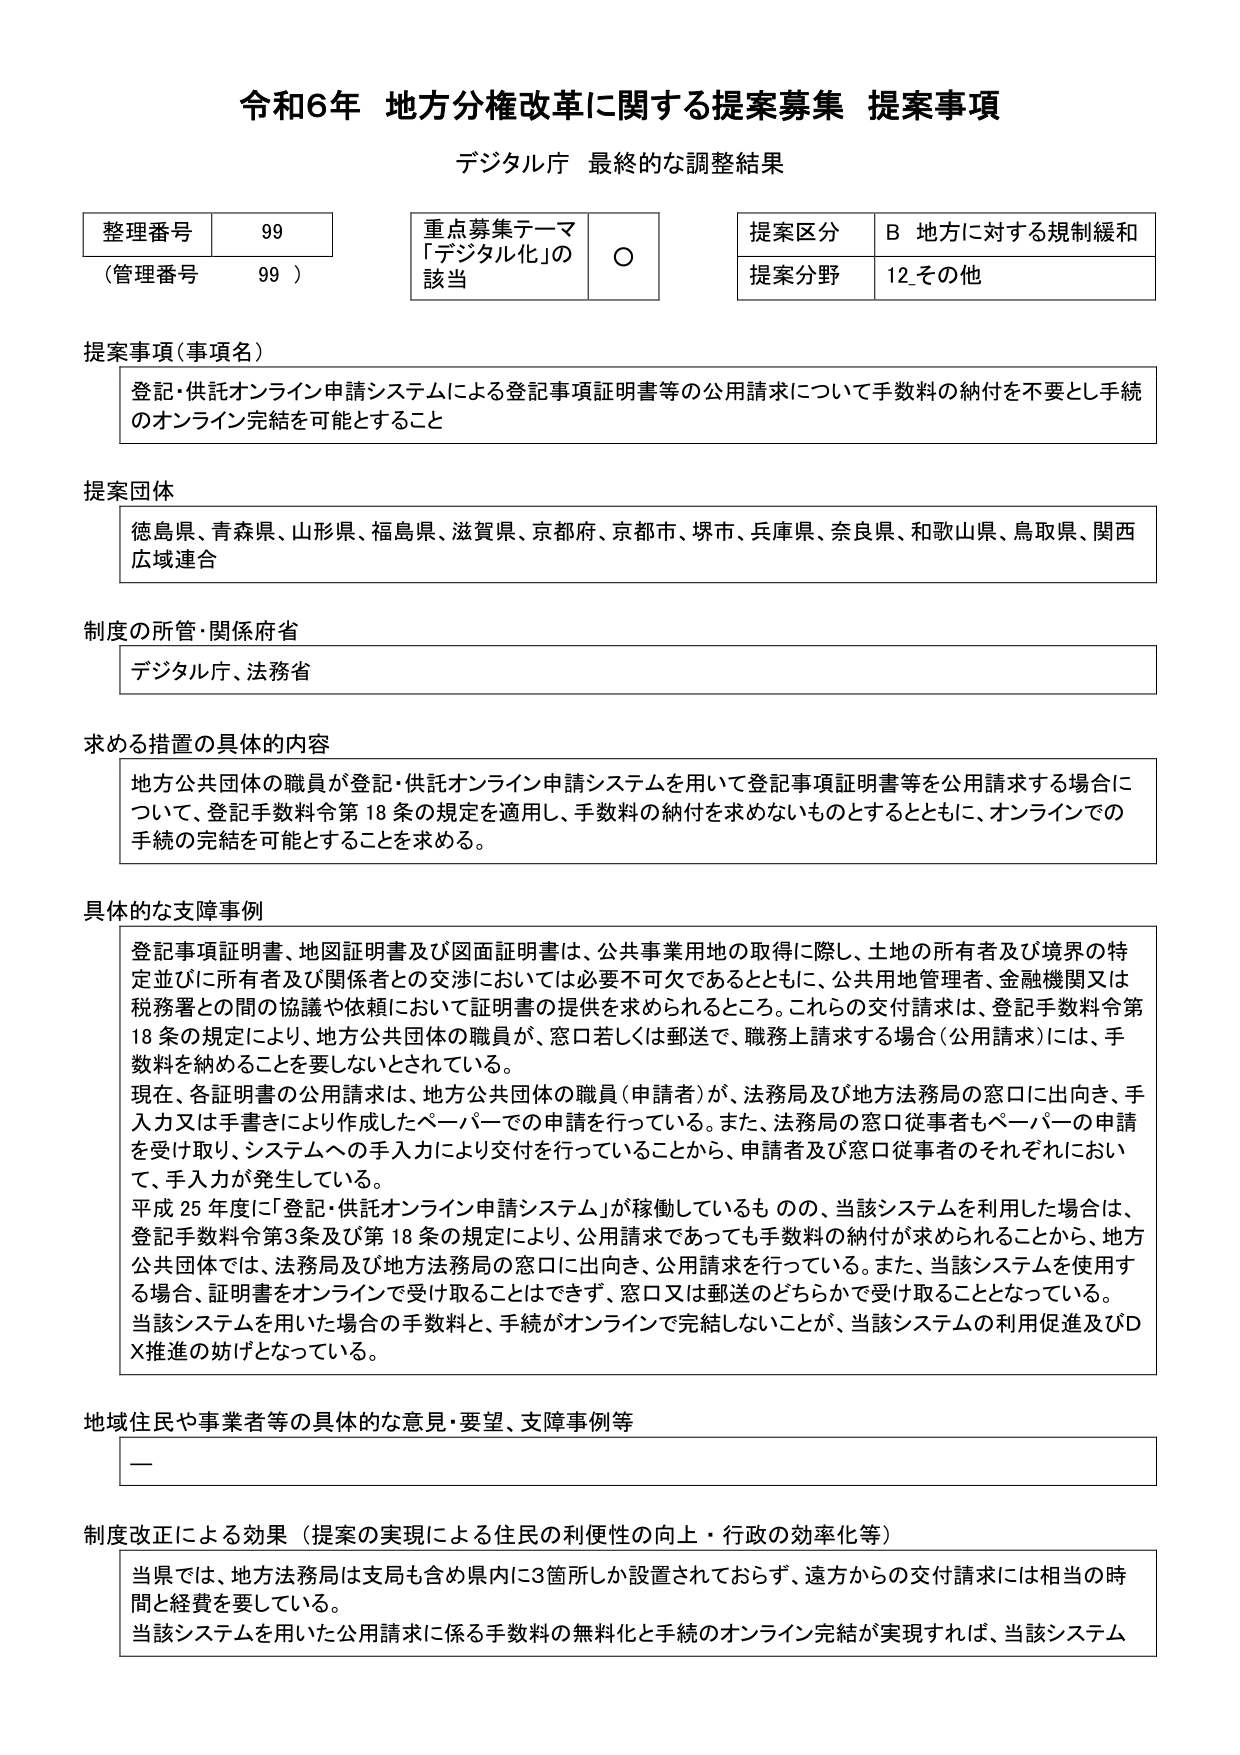
令和6年 地方分権改革に関する提案募集 提案事項
デジタル庁 最終的な調整結果

整理番号 99
（管理番号 99）

重点募集テーマ
「デジタル化」の該当 ○

提案区分 B 地方に対する規制緩和
提案分野 12 その他

提案事項（事項名）
登記・供託オンライン申請システムによる登記事項証明書等の公用請求について手数料の納付を不要とし手続のオンライン完結を可能とすること

提案団体
徳島県、青森県、山形県、福島県、滋賀県、京都府、京都市、堺市、兵庫県、奈良県、和歌山県、鳥取県、関西広域連合

制度の所管・関係府省
デジタル庁、法務省

求める措置の具体的内容
地方公共団体の職員が登記・供託オンライン申請システムを用いて登記事項証明書等を公用請求する場合について、登記手数料令第18条の規定を適用し、手数料の納付を求めないものとするとともに、オンラインでの手続の完結を可能とすることを求める。

具体的な支障事例
登記事項証明書、地図証明書及び図面証明書は、公共事業用地の取得に際し、土地の所有者及び境界の特定並びに所有者及び関係者との交渉においては必要不可欠であるとともに、公共用地管理者、金融機関又は税務署との間の協議や依頼において証明書の提供を求められるところ。これらの交付請求は、登記手数料令第18条の規定により、地方公共団体の職員が、窓口若しくは郵送で、職務上請求する場合（公用請求）には、手数料を納付することを要しないとされている。
現在、各証明書の公用請求は、地方公共団体の職員（申請者）が、法務局及び地方法務局の窓口に出向き、手入力又は手書きにより作成したペーパーでの申請を行っている。また、法務局の窓口従事者もペーパーの申請を受け取り、システムへの手入力により交付を行っていることから、申請者及び窓口従事者のそれぞれにおいて、手入力が発生している。
平成25年度に「登記・供託オンライン申請システム」が稼働しているものの、当該システムを利用した場合は、登記手数料令第3条及び第18条の規定により、公用請求であっても手数料の納付が求められることから、地方公共団体では、法務局及び地方法務局の窓口に出向き、公用請求を行っている。また、当該システムを使用する場合、証明書をオンラインで受け取ることはできず、窓口又は郵送のどちらかで受け取ることとなっている。
当該システムを用いた場合の手数料と、手続がオンラインで完結しないことが、当該システムの利用促進及びDX推進の妨げとなっている。

地域住民や事業者等の具体的な意見・要望、支障事例等
—

制度改正による効果（提案の実現による住民の利便性の向上・行政の効率化等）
当県では、地方法務局は支局も含め県内に3箇所しか設置されておらず、遠方からの交付請求には相当の時間と経費を要している。
当該システムを用いた公用請求に係る手数料の無効化と手続のオンライン完結が実現すれば、当該システム